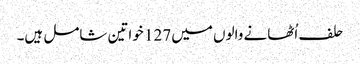
حلف اُٹھانے والوں میں 127 خواتین شامل ہیں۔